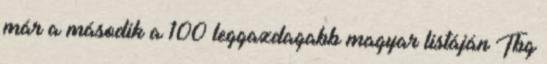
már a második a 100 leggazdagabb magyar listáján Tbg